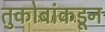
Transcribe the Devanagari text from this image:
तुकोबांकडून